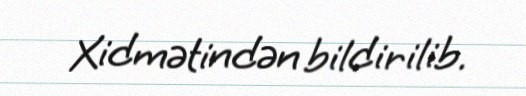
Xidmətindən bildirilib.